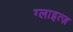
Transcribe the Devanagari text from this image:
ग्लाइत्ज़